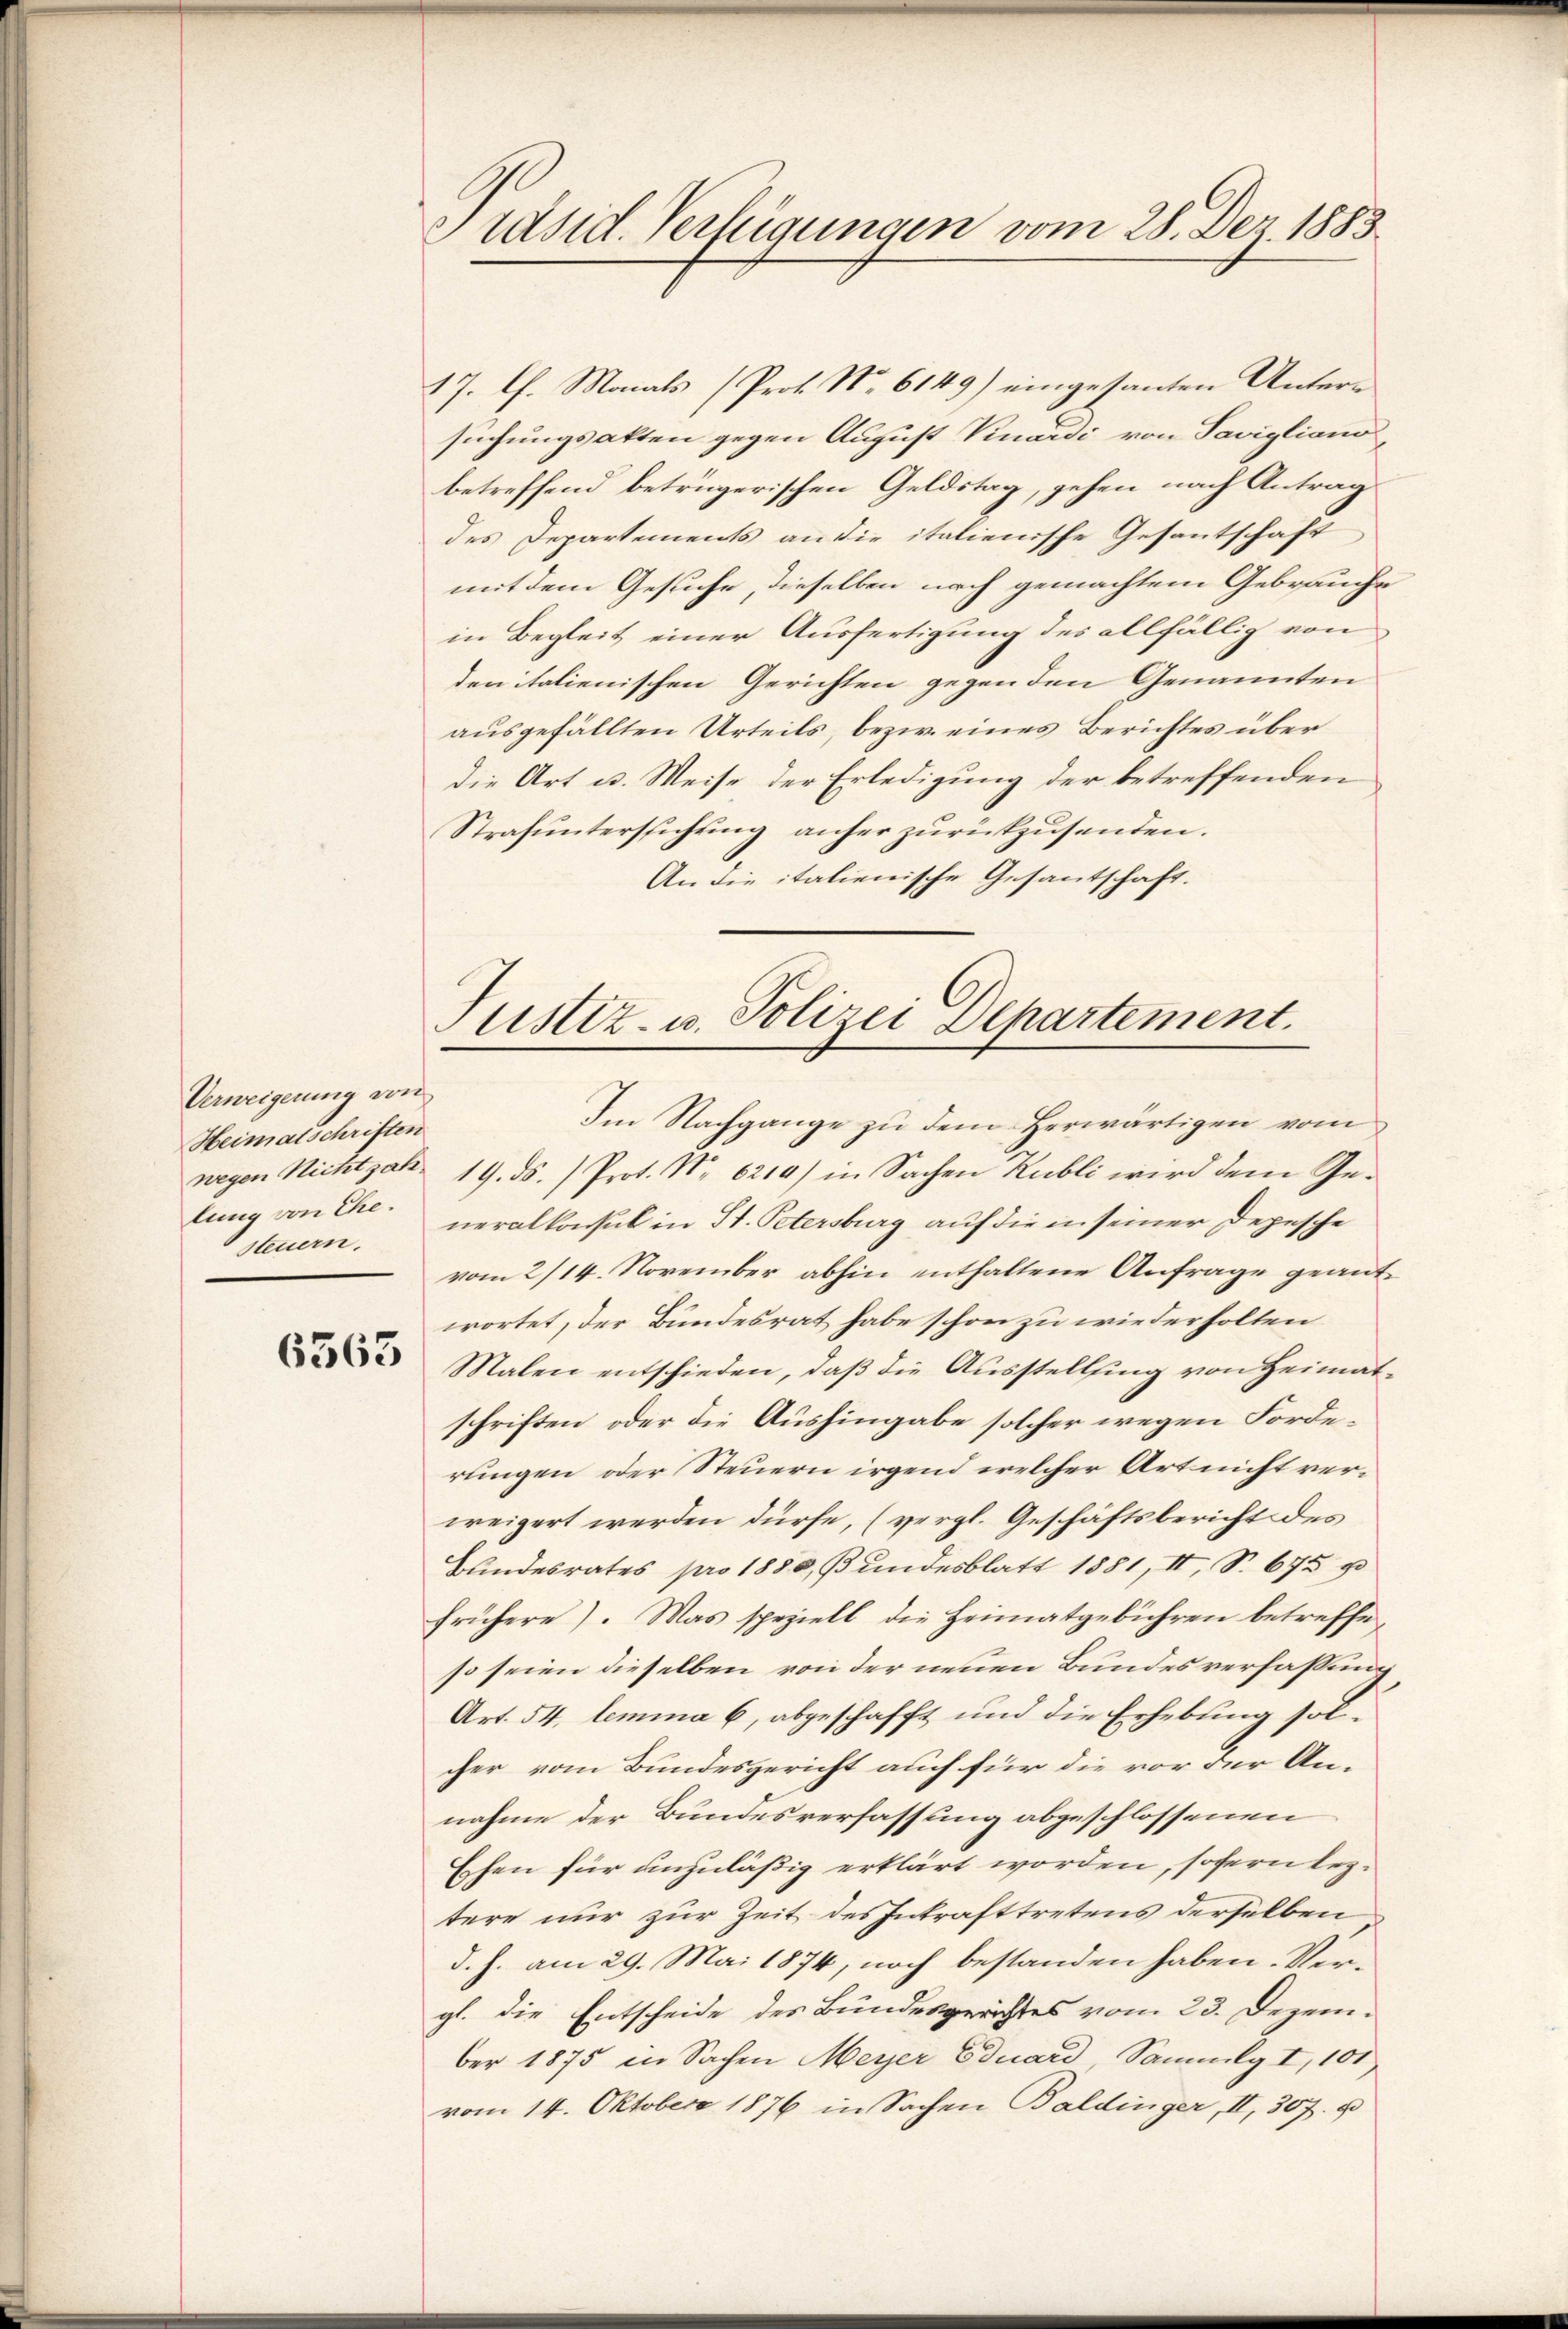
Verweigerung von
Heimatschriften
lung von Ehe.
steuern.

6563

Präsid. Verfügungen vom 28. Der 1883.

17. Ch. Monats (Prot. No 6149) eingesanten Untersuchungsakten gegen August Knardi von Savigliano,
betreffend betrügerischen Geldstag, gehen nach Antrag
des Departements an die italienische Gesantschaft
mit dem Gesuche, dieselben nach gemachtem Gebrauche
in Begleit einer Ausfertigung des allfällig von
den italienischen Gerichten gegen den Genannten
ausgefällten Urteils, bezw. eines Berichtes über
die Art u. Weise der Erledigung der betreffenden
Strafŭntersuchung anher zurückzŭsenden.
An die italienische Gesantschaft.

Justiz- u. Polizei Departement.

Im Nachgange zu dem Herwärtigen vom
wegen Nichtjahr 19. ds. ) Prot. No 6219) in Sachen Rubli wird dem Generalkonsul in St. Petersburg auf die in seiner Depesche
vom 2/14. November abhin enthaltene Anfrage geantwortet, der Bundesrat habe schon zu wiederholten
Malen entschieden, daß die Ausstellung von Heimatschriften, oder die Aushingabe solcher wegen Forderungen oder Steuern irgend welcher Art nicht verweigert werden dürfe, (vergl. Geschäftsbericht des
Bundesrates pro 1888, Bundesblatt 1881, II, S. 675 u
frühere). Was speziell die Heimatgebühren betreffeso seien dieselben von der neuen Bundesverfassung,
Art. 54. lemma 6, abgeschafft und die Erhebung sol-
cher vom Bundesgericht auch für die vor der Annahme der Bundesverfassung abgeschlossenen
Eschen für anzuläßig erklärt worden, sofern leztere nur zur Zeit des Inkrafttretens derselben
d. h. am 29. Mai 1874, noch bestanden haben. Vergl. die Entscheide des Bundesgerichtes vom 23. Dezember 1875 in Sachen Meyer Eduard, Sammlg I, 101
vom 14. Oktober 1876 in Sachen Baldinger, II, 307. u